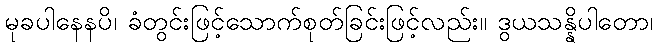
မုခပါနေနပိ၊ ခံတွင်းဖြင့်သောက်စုတ်ခြင်းဖြင့်လည်း။ ဒွယသန္နိပါတော၊